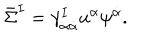
\bar { \Sigma } ^ { I } = \gamma _ { \alpha \dot { \alpha } } ^ { I } u ^ { \alpha } \psi ^ { \dot { \alpha } } .